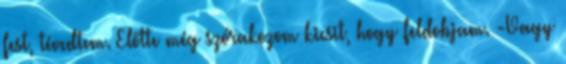
fest, tévedtem. Előtte még szórakozom kicsit, hogy feldobjam. -Vagy